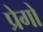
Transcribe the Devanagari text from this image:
प्रेगो